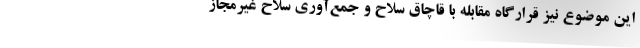
این موضوع نیز قرارگاه مقابله با قاچاق سلاح و جمع‌آوری سلاح غیرمجاز